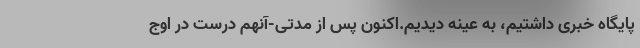
پایگاه خبری داشتیم، به عینه دیدیم.اکنون پس از مدتی-آنهم درست در اوج